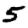
Digit: 5